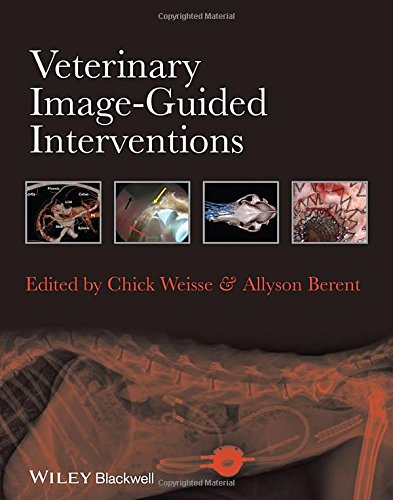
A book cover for Veterinary Image-Guided Interventions; Chick Weisse; Medical Books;